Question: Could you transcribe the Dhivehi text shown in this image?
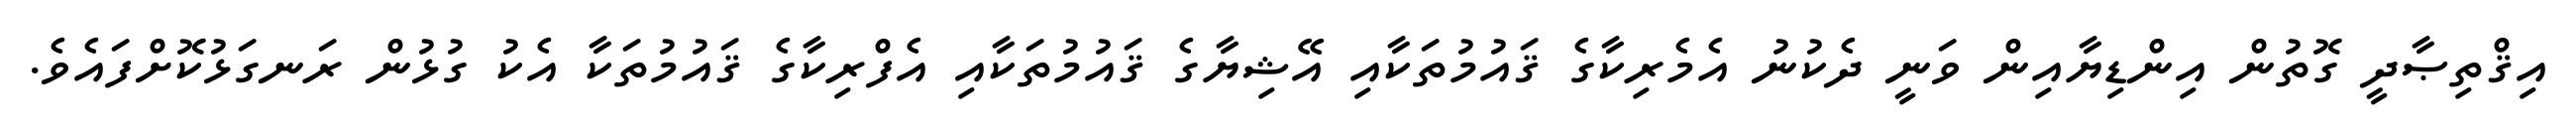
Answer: އިޤްތިޞާދީ ގޮތުން އިންޑިޔާއިން ވަނީ ދެކުނު އެމެރިކާގެ ޤައުމުތަކާއި އޭޝިޔާގެ ޤައުމުތަކާއި އެފްރިކާގެ ޤައުމުތަކާ އެކު ގުޅުން ރަނގަޅުކޮށްފައެވެ.